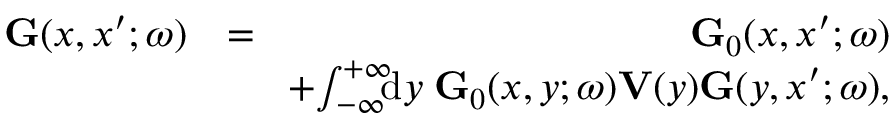
\begin{array} { r l r } { \ensuremath { \mathbf { G } } ( x , x ^ { \prime } ; \omega ) } & { = } & { \ensuremath { \mathbf { G } } _ { 0 } ( x , x ^ { \prime } ; \omega ) } \\ & { } & { \! + \! \int _ { - \infty } ^ { + \infty } \! \! \! \ensuremath { \mathrm { d } } y \; \ensuremath { \mathbf { G } } _ { 0 } ( x , y ; \omega ) \ensuremath { \mathbf { V } } ( y ) \ensuremath { \mathbf { G } } ( y , x ^ { \prime } ; \omega ) , } \end{array}